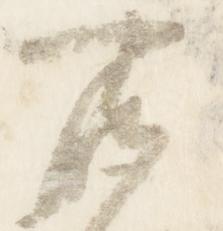
所